Annual statistical returns and brief notes on vaccination in Bengal - 1909-1929
Year: 1909
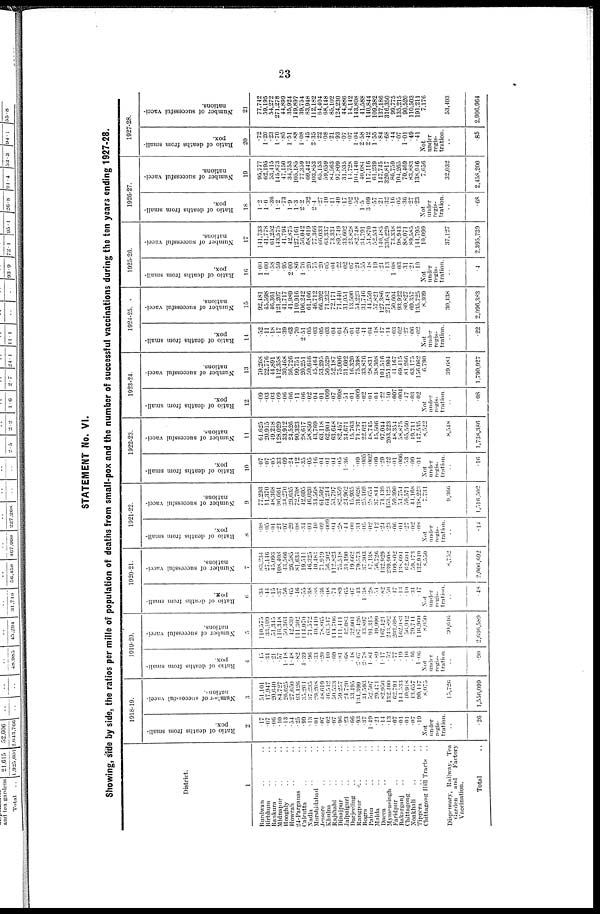
23
STATEMENT No. VI.
Showing, side by side, the ratios per mille of population of deaths from small-pox and the number of successful vaccinations during the ten years ending 1927-28.
District.
1
Burdwan.. .. ..
Birbhum.. ..
Bankura.. ..
Midnapur.. ..
Hooghly.. ..
Howrah.. ..
24-Parganas.. ..
Calcutta.. ..
Nadia.. ..
Murshidabad.. ..
Jessore.. ..
Khulna.. ..
Rajshahi.. ..
Dinajpur.. ..
Jalpaiguri.. ..
Darjeeling.. ..
Rangpur..
..
Bogra.. ..
Pabna.. ..
Malda.. ..
Dacca.. ..
Mymensingh.. ..
Faridpur.. ..
Bakarganj.. ..
Chittagong.. ..
Noakhali.. ..
Tippera..
..
Chittagong Hill Tracts..
Dispensary, Railway, Tea
Garden
and
Factory
Vaccination.
Total..
1918-19.
Ratio of deaths from small-
pox.
2
17
.07
.06
.10
.13
.54
.25
.99
.13
.01
.07
.02
.07
.96
.23
.66
.93
.37
1.49
.21
.14
.13
.07
.01
.01
.07
.19
Not
under
regis-
tration.
..
.26
Number of successful vacci-
nation.
3
51,101
17,947
20,640
84,727
26,625
27,650
93,126
35,201
37,235
29,208
48,619
46,542
50,533
59,257
24,720
33,495
134,399
31,593
52,507
29,471
82,950
132,400
62,791
144,533
40,918
43,657
90,447
8,075
15,726
1,556,099
1919-20.
Ratio of deaths from small-
pox.
4
.15
.34
.21
.57
1.18
1.48
.82
4.39
.96
.33
.20
.10
.69
.81
.68
.48
2.67
2.78
1.84
.89
1.17
.52
.77
.19
.10
.46
1.06
Not
under
regis-
tration.
..
.90
Number of successful vacci-
nations.
5
110,575
33,109
51,345
116,348
50,363
42,839
111,302
114,070
71,572
40,410
78,865
63,547
114,706
111,411
42,083
32,004
187,426
43,897
91,315
49,999
167,421
243,892
203,698
102,083
50,912
79,711
116,960
8,050
30,646
2,636,589
1920-21.
Ratio of deaths from small-
pox.
6
.34
.44
.15
.37
.56
.65
.46
.55
.38
.38
.36
.08
.74
.89
.65
.07
.43
1.38
.28
.31
.82
.50
.47
.13
.10
.34
.17
Not
under
regis-
tration.
..
.48
Number of successful vacci-
nations.
7
83,234
27,146
45,093
108,408
43,566
20,585
81,634
19,511
40,325
40,484
71,910
50,202
112,823
75,518
34,190
19,662
79,573
37,303
47,138
50,726
132,929
230,908
109,802
138,694
62,601
59,473
132,940
8,550
8,752
2,006,692
1921-22.
Ratio of deaths from small-
pox.
8
.08
.05
.01
.21
.07
.29
.08
.34
.04
.40
.09
.009
.04
.28
.44
.00
.34
.05
.02
.12
.24
.23
.06
.04
.27
.02
.08
Not
under
regis-
tration.
..
.14
Number of successful vacci-
nations.
9
77,293
11,370
48,368
96,661
34,270
29,635
72,708
42,695
46,020
34,568
61,592
64,244
53,797
82,359
24,962
15,935
31,626
25,169
28,654
37,844
71,139
153,123
59,390
54,754
59,571
44,168
138,223
7,731
9,366
1,516,502
1922-23.
Ratio of deaths from small-
pox.
10
.07
.07
.05
.33
.09
.24
.12
.35
.05
.16
.04
.01
.04
.05
1.36
..
.69
.005
.002
.09
.29
.22
.01
.006
.53
.09
.01
Not
under
regis-
tration.
..
.16
Number of successful vacci-
nations.
11
61,625
20,915
49,218
128,029
33,912
24,526
90,323
28,617
58,850
43,769
63,118
62,904
63,648
82,457
34,671
15,763
71,797
22,621
48,745
45,506
97,044
203,223
48,354
58,875
65,560
19,711
147,535
8,522
8,548
1,738,386
1923-24.
Ratio of deaths from small-
pox.
12
.09
.03
.03
.09
.06
.06
.11
.06
.02
.04
.01
.009
.07
.008
.51
.01
.009
.02
.01
.04
.22
.10
.007
.004
.47
.03
.02
Not
under
regis-
tration.
..
.08
Number of successful vacci-
nations.
13
70,268
22,776
44,891
112,358
30,468
36,726
99,751
20,251
50,646
45,464
53,295
50,529
52,187
75,006
31,602
16,320
75,398
33,876
28,831
38,308
101,516
251,904
41,167
69,415
81,266
63,175
156,062
6,790
39,081
1,790,927
1924-25.
Ratio of deaths from small-
pox.
14
.52
.11
.18
.17
.39
.63
.70
2.51
.05
.03
.05
.03
.04
.04
.28
.01
.04
.41
.04
.18
.17
.14
.03
.02
.27
.06
.02
Not.
under
regis-
tration.
..
.22
Number of successful vacci-
nations.
15
92,481
45,598
46,361
121,207
41,717
41,989
110,916
106,242
61,166
46,712
66,202
71,232
72,171
71,440
31,051
13,500
54,223
31,746
44,559
57,821
127,386
271,481
50,604
93,922
80,827
69,357
135,725
8,309
30,438
2,096,383
1925-26.
Ratio of deaths from small-
pox.
16
1.00
1.00
.58
.59
.95
2.00
.86
1.76
.20
.75
.20
.05
.04
.22
.02
.07
.24
.55
.48
.19
.24
.13
1.08
.03
.31
.21
.10
Not
under
regis-
tration.
..
.4
Number of successful vacci-
nations.
17
141,733
41,778
61,252
143,575
41,794
42,875
127,161
50,042
68,619
77,366
66,033
63,337
73,334
89,749
33,602
23,828
82,748
34,791
54,870
52,534
140,485
336,229
73,338
98,943
88,071
89,585
144,795
10,099
37,127
2,395,739
1926-27.
Ratio of deaths from small-
pox.
18
1.2
1.6
.36
1.2
.73
1.9
1.3
2.2
.32
2.4
.27
.10
.11
.40
.17
.02
.52
1.5
3.09
.57
.21
.32
.16
.05
.36
.27
.23
Not
under
regis- tration.
..
.68
Number of successful vacci-
nations.
19
95,777
62,195
53,415
145,873
47,150
34,753
105,185
77,359
60,442
103,853
65,153
59,659
84,563
97,809
31,535
14,728
104,140
40,684
117,116
61,239
147,745
320,817
86,759
104,265
70,469
83,883
138,946
7,656
32,032
2,458,200
1927-28.
Ratio of deaths from small-
pox.
20
.72
1.20
.23
1.70
.85
1.51
.88
1.08
.45
2.35
.22
.08
.21
.93
.07
.07
1.04
2.58
2.42
1.55
.84
.68
.44
.07
1.01
.49
.41
Not
under
regis- tration.
..
.85
Number of successful vacci-
nations.
21
77,742
59,195
54,272
271,278
44,899
35,924
149,897
39,754
83,948
112,182
64,404
68,148
85,102
124,230
44,886
14,142
143,808
41,588
140,844
109,382
137,186
316,350
99,775
135,215
90,520
110,503
191,211
7,176
53,403
2,906,964